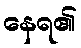
နေရ၏